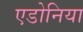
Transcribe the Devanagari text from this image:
एडोनिया